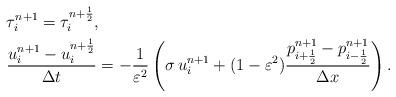
LaTeX: \begin{align*}&\tau_{i}^{n+1}=\tau_{i}^{n+\frac{1}{2}},\\& \frac{u_{i}^{n+1}-u_{i}^{n+\frac{1}{2}}}{\Delta t}=-\frac{1}{\varepsilon^{2}}\left(\sigma\,u_{i}^{n+1}+(1-\varepsilon^{2})\frac{p_{i+\frac{1}{2}}^{n+1}-p_{i-\frac{1}{2}}^{n+1}}{\Delta x}\right).\end{align*}